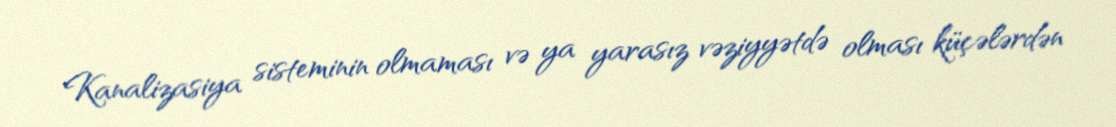
Kanalizasiya sisteminin olmaması və ya yarasız vəziyyətdə olması küçələrdən